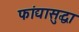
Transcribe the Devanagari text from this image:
फांद्यासुद्धा